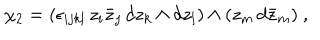
LaTeX: \chi _ { 2 } = ( \epsilon _ { i j k l } \, z _ { i } \bar { z } _ { j } \, d z _ { k } \wedge d z _ { l } ) \wedge ( z _ { m } \, d \bar { z } _ { m } ) \ ,